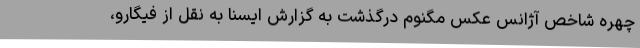
چهره شاخص آژانس عکس مگنوم درگذشت به گزارش ایسنا به نقل از فیگارو،